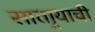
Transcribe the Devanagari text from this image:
सातार्‍याची